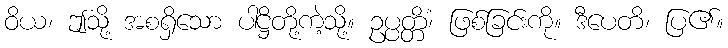
ဝိယ၊ ဤသို့ အစရှိသော ပါဋ္ဌိတို့ကဲ့သို့။ ဥပ္ပတ္တိံ၊ ဖြစ်ခြင်းကို။ ဒီပေတိ၊ ပြ၏။